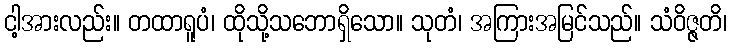
ငါ့အားလည်း။ တထာရူပံ၊ ထိုသို့သဘောရှိသော။ သုတံ၊ အကြားအမြင်သည်။ သံဝိဇ္ဇတိ၊